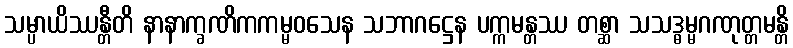
သမ္ပာယိဿန္တီတိ နာနာက္ခဏိကကမ္မဝသေန သဘာဂဋ္ဌေန ပက္ကမန္တဿ တစ္ဆာ သသဒ္ဓမ္မဂဏုတ္တမန္တိ